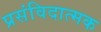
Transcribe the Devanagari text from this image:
प्रसंविदात्मक